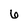
Character: 6